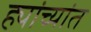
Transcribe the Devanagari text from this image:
ह्यांच्यांत